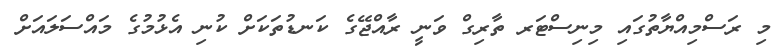
މި ރަސްމިއްޔާތުގައި މިނިސްޓަރ ތާރިގް ވަނީ ރާއްޖޭގެ ކަނޑުތަކަށް ކުނި އެޅުމުގެ މައްސަލައަށް